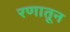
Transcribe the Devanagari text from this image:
रणातून